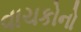
વાચકોનો